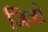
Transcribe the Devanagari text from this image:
जिंजो